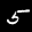
Label: 5